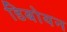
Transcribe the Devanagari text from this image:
डिबोयन